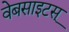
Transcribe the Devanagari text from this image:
वेबसाइटस्